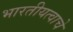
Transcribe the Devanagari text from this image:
भारतीयत्वाचे